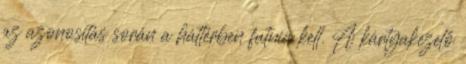
az azonosítás során a háttérben futnia kell. A kártyakezelő